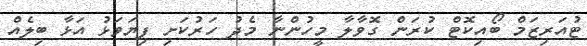
ޓުއަރިޒަމް ބޯއިކޮޓް ކުރަން ގޮވާލާ މީހުންނާ މެެދު ހަރުކަށި ފިޔަވަޅު އަޅާ ބިލެއް